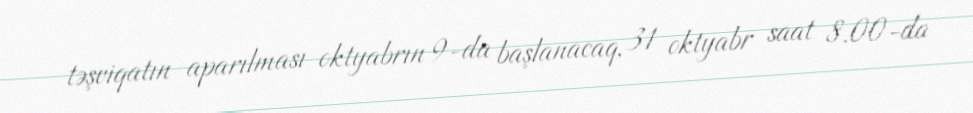
təşviqatın aparılması oktyabrın 9-da başlanacaq, 31 oktyabr saat 8.00-da